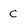
Character: C